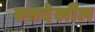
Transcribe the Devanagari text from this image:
बसदेखील